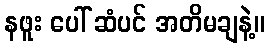
နဖူး ပေါ် ဆံပင် အတိမချနဲ့။